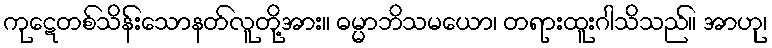
ကုဋေတစ်သိန်းသောနတ်လူတို့အား။ ဓမ္မာဘိသမယော၊ တရားထူးဂါသိသည်။ အာဟု၊